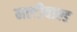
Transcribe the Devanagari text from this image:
मल्टीवाल्ड